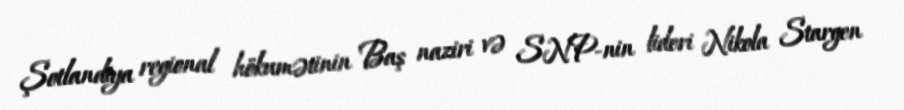
Şotlandiya regional hökumətinin Baş naziri və SNP-nin lideri Nikola Stargen